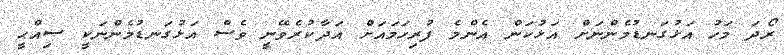
ރޯދަ މަހު އަޅުގަނޑުމެންނަށް އަޅުކަން އެންމެ ފުރިހަމައަށް އަދާކުރެވޭނީ ވެސް އަޅުގަނޑުމެންނަކީ ޞިއްޙީ